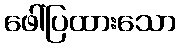
ဖေါ်ပြထားသော